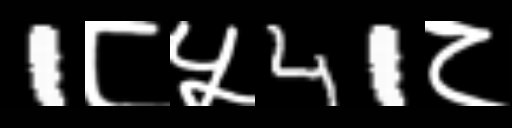
Text: 1८५41८